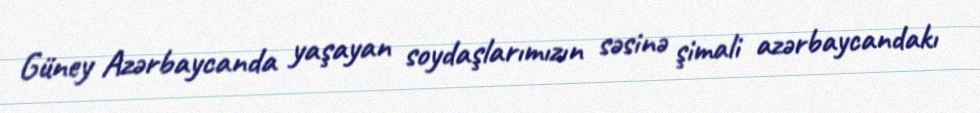
Güney Azərbaycanda yaşayan soydaşlarımızın səsinə şimali azərbaycandakı